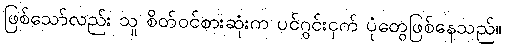
ဖြစ်သော်လည်း သူ စိတ်ဝင်စားဆုံးက ပင်ဂွင်းငှက် ပုံတွေဖြစ်နေသည်။